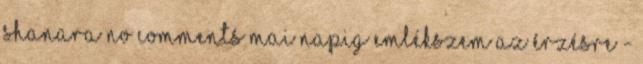
Shanara No comments Mai napig emlékszem az érzésre -